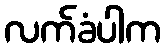
လက်ခံပါက